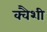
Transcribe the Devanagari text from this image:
क्वैशी